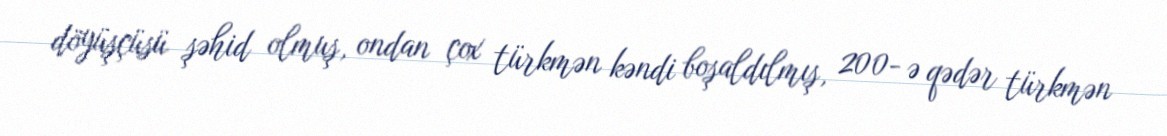
döyüşçüsü şəhid olmuş, ondan çox türkmən kəndi boşaldılmış, 200- ə qədər türkmən